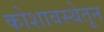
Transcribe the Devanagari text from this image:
कोशावस्थेतून